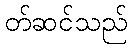
တ်ဆင်သည်